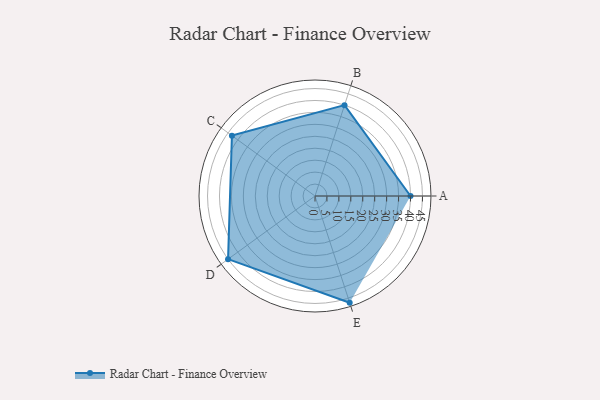
{"axis": {"x": "Skill", "y": "Score"}, "legend": ["Profile"], "data": [{"x": "A", "y": 40.0, "type": "Profile"}, {"x": "B", "y": 40.0, "type": "Profile"}, {"x": "C", "y": 43.0, "type": "Profile"}, {"x": "D", "y": 45.0, "type": "Profile"}, {"x": "E", "y": 47.0, "type": "Profile"}]}